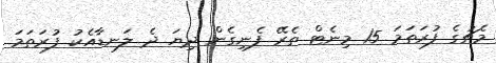
މެޗުގެ ފުރަތަމަ 15 މިނެޓް ތެރޭ ފެނިގެން ދިޔަ ދެ ލަނޑާއެކު ފުރަތަމަ